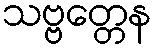
သဗ္ဗတ္တေန